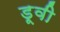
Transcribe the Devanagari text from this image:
डूवी